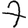
Digit: 7